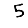
Digit: 5